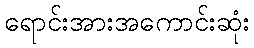
ရောင်းအားအကောင်းဆုံး